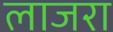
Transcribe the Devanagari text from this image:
लाजरा